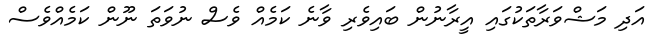
އަދި މަޝްވަރާތަކުގައި އީރާނުން ބައިވެރި ވާނެ ކަމެއް ވެސް ނުވަތަ ނޫން ކަމެއްވެސް